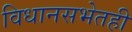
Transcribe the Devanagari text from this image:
विधानसभेतही